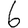
Digit: 6